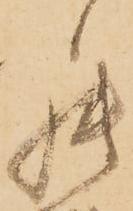
罷